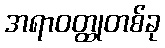
အရာဝတ္ထုတစ်ခု